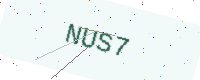
Text: NUS7